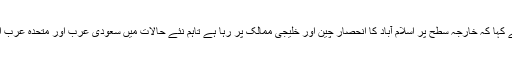
وائس آف امریکہ سے بات کرتے ہوئے ڈاکٹر اے ایچ نیّر نے کہا کہ خارجہ سطح پر اسلام آباد کا انحصار چین اور خلیجی ممالک پر رہا ہے تاہم نئے حالات میں سعودی عرب اور متحدہ عرب امارات، پاکستان کی بجائے بھارت کی جانب دیکھ رہے ہیں۔